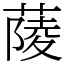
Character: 䔖